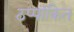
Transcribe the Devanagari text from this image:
ठप्पांकित